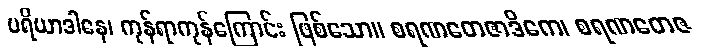
ပရိယာဒါနေ၊ ကုန်ရာကုန်ကြောင်း ဖြစ်သော။ စရဏတေဇာဒိကေ၊ စရဏတေဇ